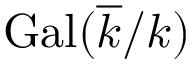
{ \mathrm { G a l } } ( { \overline { { k } } } / k )